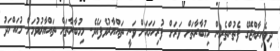
ދިވެހިރާއްޖޭގެ ފެތުންތެރިން މިމުބާރާތަށް ވަރަށް ފުރިހަމައަށް ވަނީ ތައްޔާރުވެފައެވެ. މިމުބާރާތަށް ތައްޔާރުވުމަށް މުޙައްމަދު